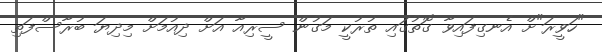
"ހަވީރަ"ށް އެނގިފައިވާ ގޮތުގައި ތުރުކީ މަގުން ސީރިއާ އަށް ދިއުމަށް މިދިޔަ ބުރާސްފަތި